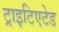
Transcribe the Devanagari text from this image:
ट्राइटिएटेड